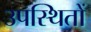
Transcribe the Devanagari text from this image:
उपस्थितों